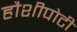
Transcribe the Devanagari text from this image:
हौशीपोटी